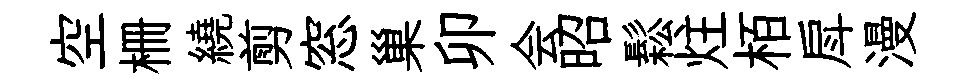
空栅繞剪窓巢卯会昭鬆炷栢戽漫